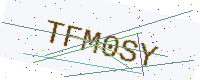
Text: TFM0SY